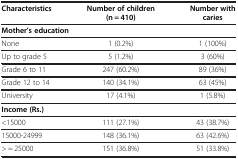
<table><thead><tr><td><b>Characteristics</b></td><td><b>Number of children (n = 410)</b></td><td><b>Number with caries</b></td></tr></thead><tbody><tr><td colspan="3"><b>Mother’s education</b></td></tr><tr><td>None</td><td>1 (0.2%)</td><td>1 (100%)</td></tr><tr><td>Up to grade 5</td><td>5 (1.2%)</td><td>3 (60%)</td></tr><tr><td>Grade 6 to 11</td><td>247 (60.2%)</td><td>89 (36%)</td></tr><tr><td>Grade 12 to 14</td><td>140 (34.1%)</td><td>63 (45%)</td></tr><tr><td>University</td><td>17 (4.1%)</td><td>1 (5.8%)</td></tr><tr><td colspan="3"><b>Income (Rs.)</b></td></tr><tr><td>&lt;15000</td><td>111 (27.1%)</td><td>43 (38.7%)</td></tr><tr><td>15000-24999</td><td>148 (36.1%)</td><td>63 (42.6%)</td></tr><tr><td>&gt; = 25000</td><td>151 (36.8%)</td><td>51 (33.8%)</td></tr></tbody></table>